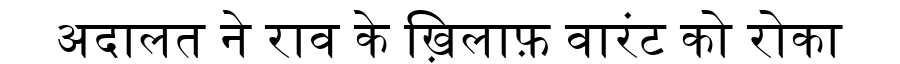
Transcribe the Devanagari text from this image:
अदालत ने राव के ख़िलाफ़ वारंट को रोका